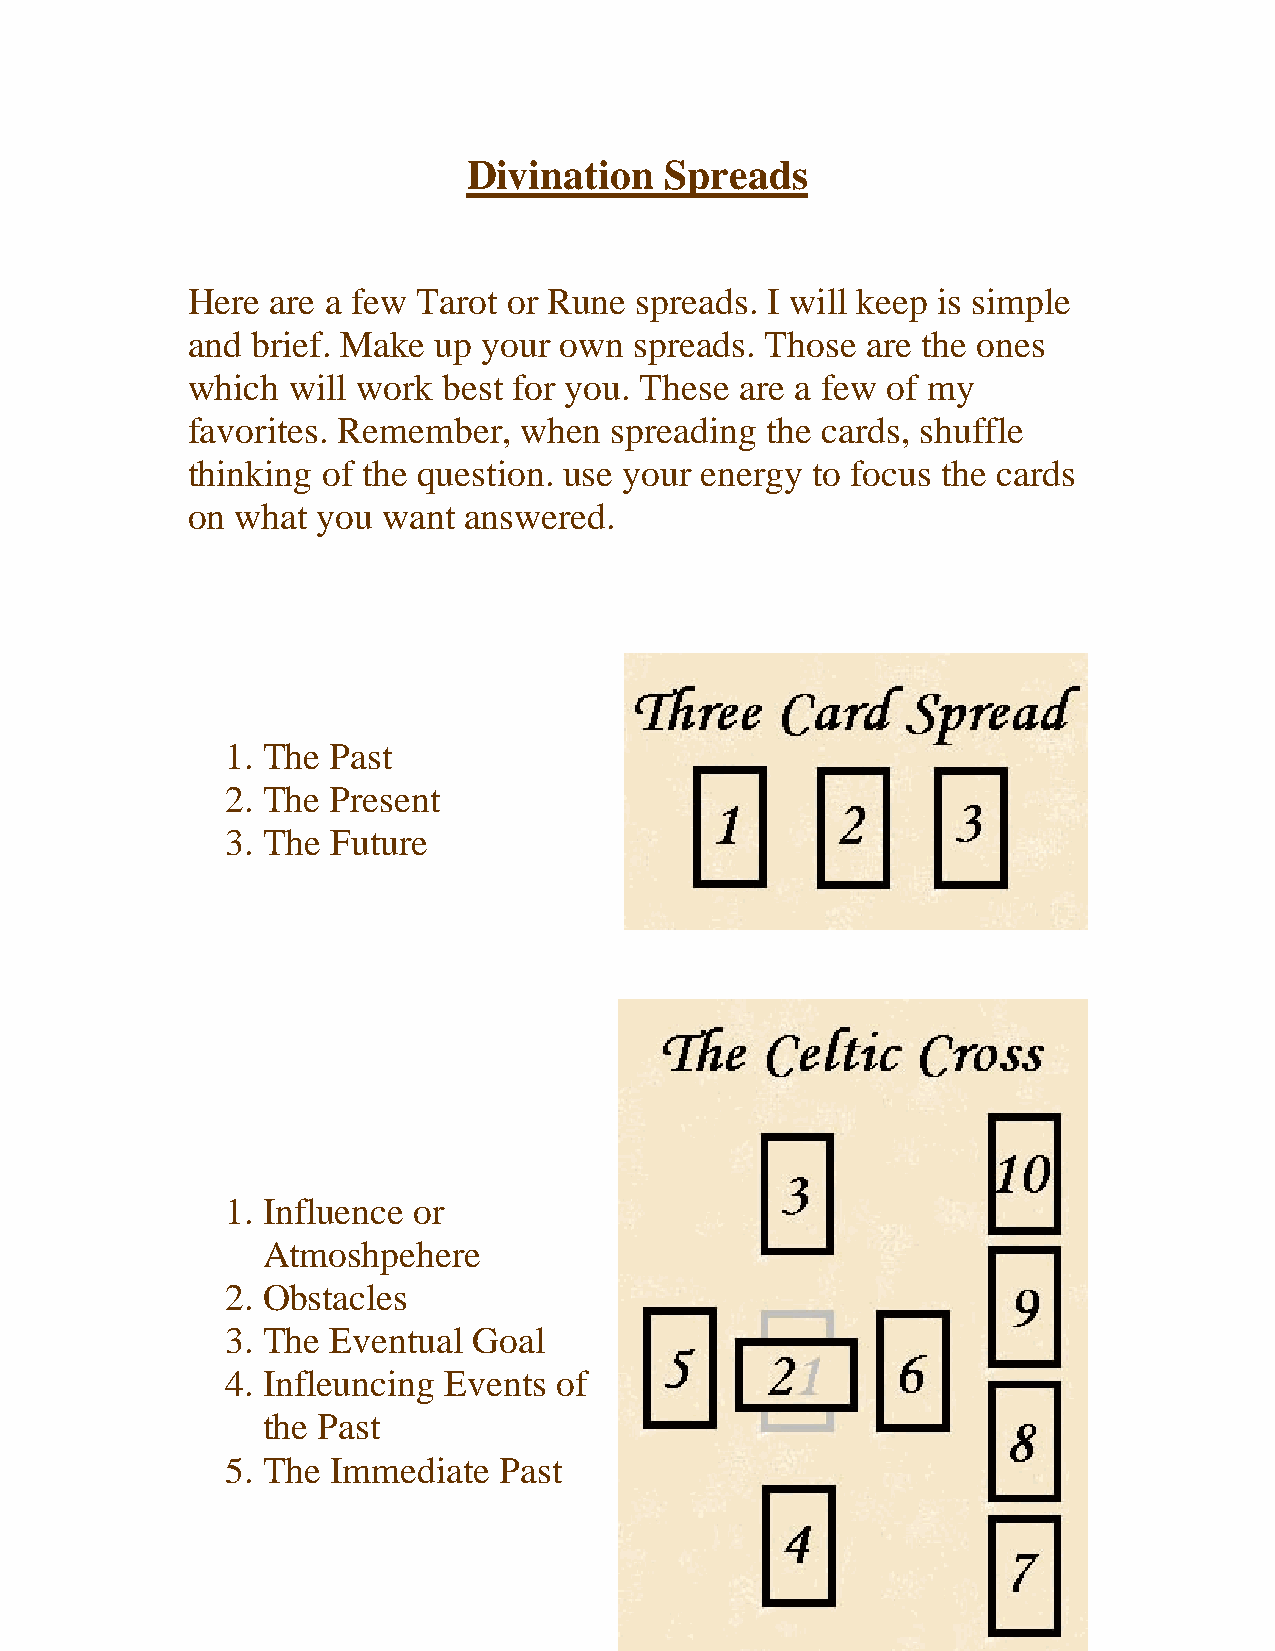
Divination   Spreads
 Here  are a few Tarot or Rune spreads. I will keep is simple
 and  brief. Make up your own  spreads. Those are the ones
 which  will work best for you. These are a few of my
 favorites. Remember,  when  spreading  the cards, shuffle
 thinking of the question. use your energy to focus the cards
 on  what you want  answered.
 1. The Past
 2. The Present
 3. The Future
 1. Influence or
 Atmoshpehere
 2. Obstacles
 3. The Eventual Goal
 4. Infleuncing Events of
 the Past
 5. The Immediate  Past